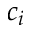
c _ { i }